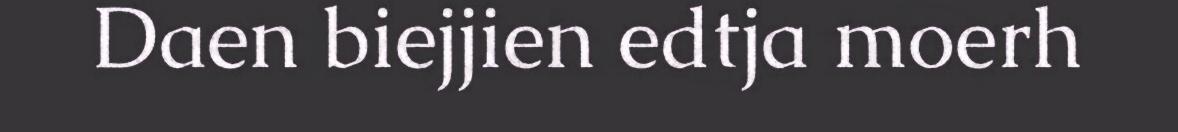
Daen biejjien edtja moerh